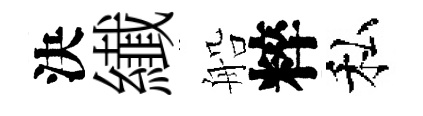
決纎船粹私